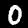
Digit: 0